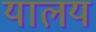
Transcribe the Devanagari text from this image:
यालय